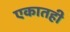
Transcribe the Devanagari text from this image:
एकातही